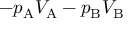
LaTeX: - p _ { \mathrm { { A } } } V _ { \mathrm { { A } } } - p _ { \mathrm { { B } } } V _ { \mathrm { { B } } }